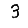
Digit: 3